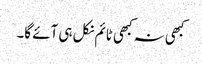
کبھی نہ کبھی ٹائم نکل ہی آئے گا۔